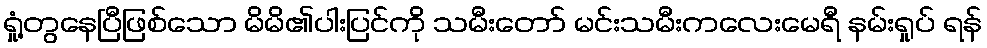
ရှုံ့တွနေပြီဖြစ်သော မိမိ၏ပါးပြင်ကို သမီးတော် မင်းသမီးကလေးမေရီ နမ်းရှုပ် ရန်